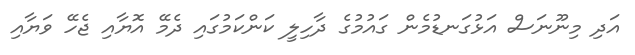
އަދި މިނޫނަސް އަޅުގަނޑުމެން ގައުމުގެ ދާހިލީ ކަންކަމުގައި ދެމޭ އޮޔާއި ޖެހޭ ވަޔާއި